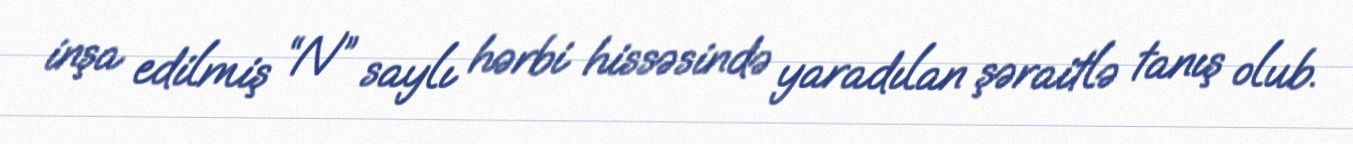
inşa edilmiş “N” saylı hərbi hissəsində yaradılan şəraitlə tanış olub.